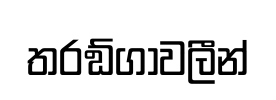
තරඞ්ගාවලීන්